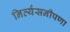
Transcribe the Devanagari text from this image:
निर्व्यसनीपणा